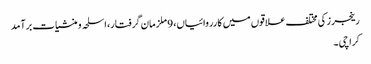
رینجرز کی مختلف علاقوں میں کارروائیاں، 9 ملزمان گرفتار، اسلحہ و منشیات برآمد
کراچی ۔